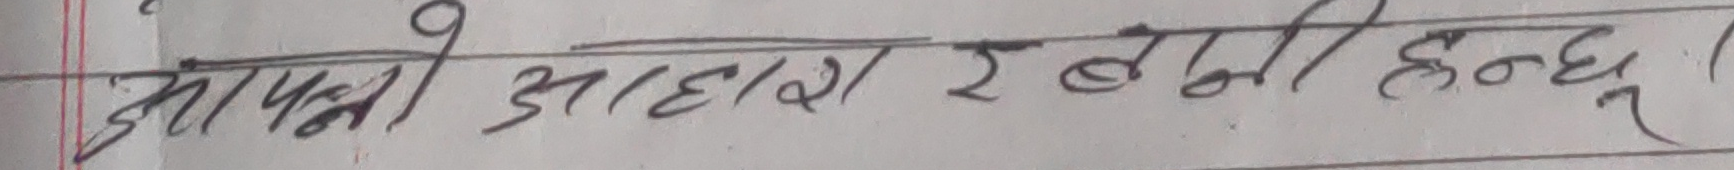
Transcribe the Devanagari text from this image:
आफ्नो आहार र इबना हुन्छ।